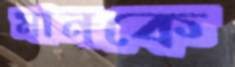
মানকে